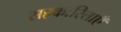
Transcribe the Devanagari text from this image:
सहकारिताएँ